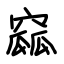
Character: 窳